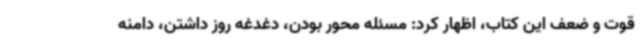
قوت و ضعف این کتاب، اظهار کرد: مسئله محور بودن، دغدغه روز داشتن، دامنه